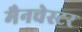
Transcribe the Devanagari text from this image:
मैनचेस्‍टर